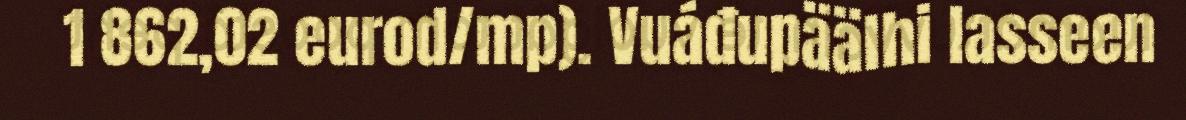
1 862,02 eurod/mp). Vuáđupäälhi lasseen